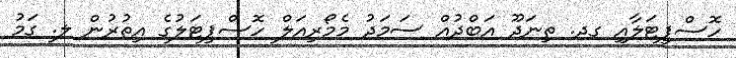
ހޮސްޕިޓަލާއި ގދ. ތިނަދޫ އަބްދުއް ސަމަދު މެމޯރިއަލް ހޮސްޕިޓަލުގެ އިތުރުން ލ. ގަމު